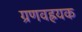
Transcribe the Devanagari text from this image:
ग्रणवह्रयक